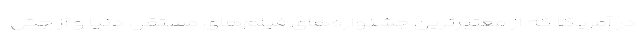
در آمریکا که از معتبرترین جشنواره‌های فیلم‌های مستقل دنیا و از جش